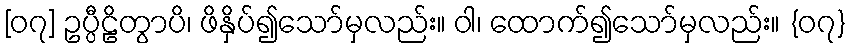
[၀၇] ဥပ္ပီဠိတွာပိ၊ ဖိနှိပ်၍သော်မှလည်း။ ဝါ၊ ထောက်၍သော်မှလည်း။ {၀၇}